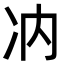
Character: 𪞗